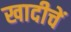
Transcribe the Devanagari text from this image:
खादीचें